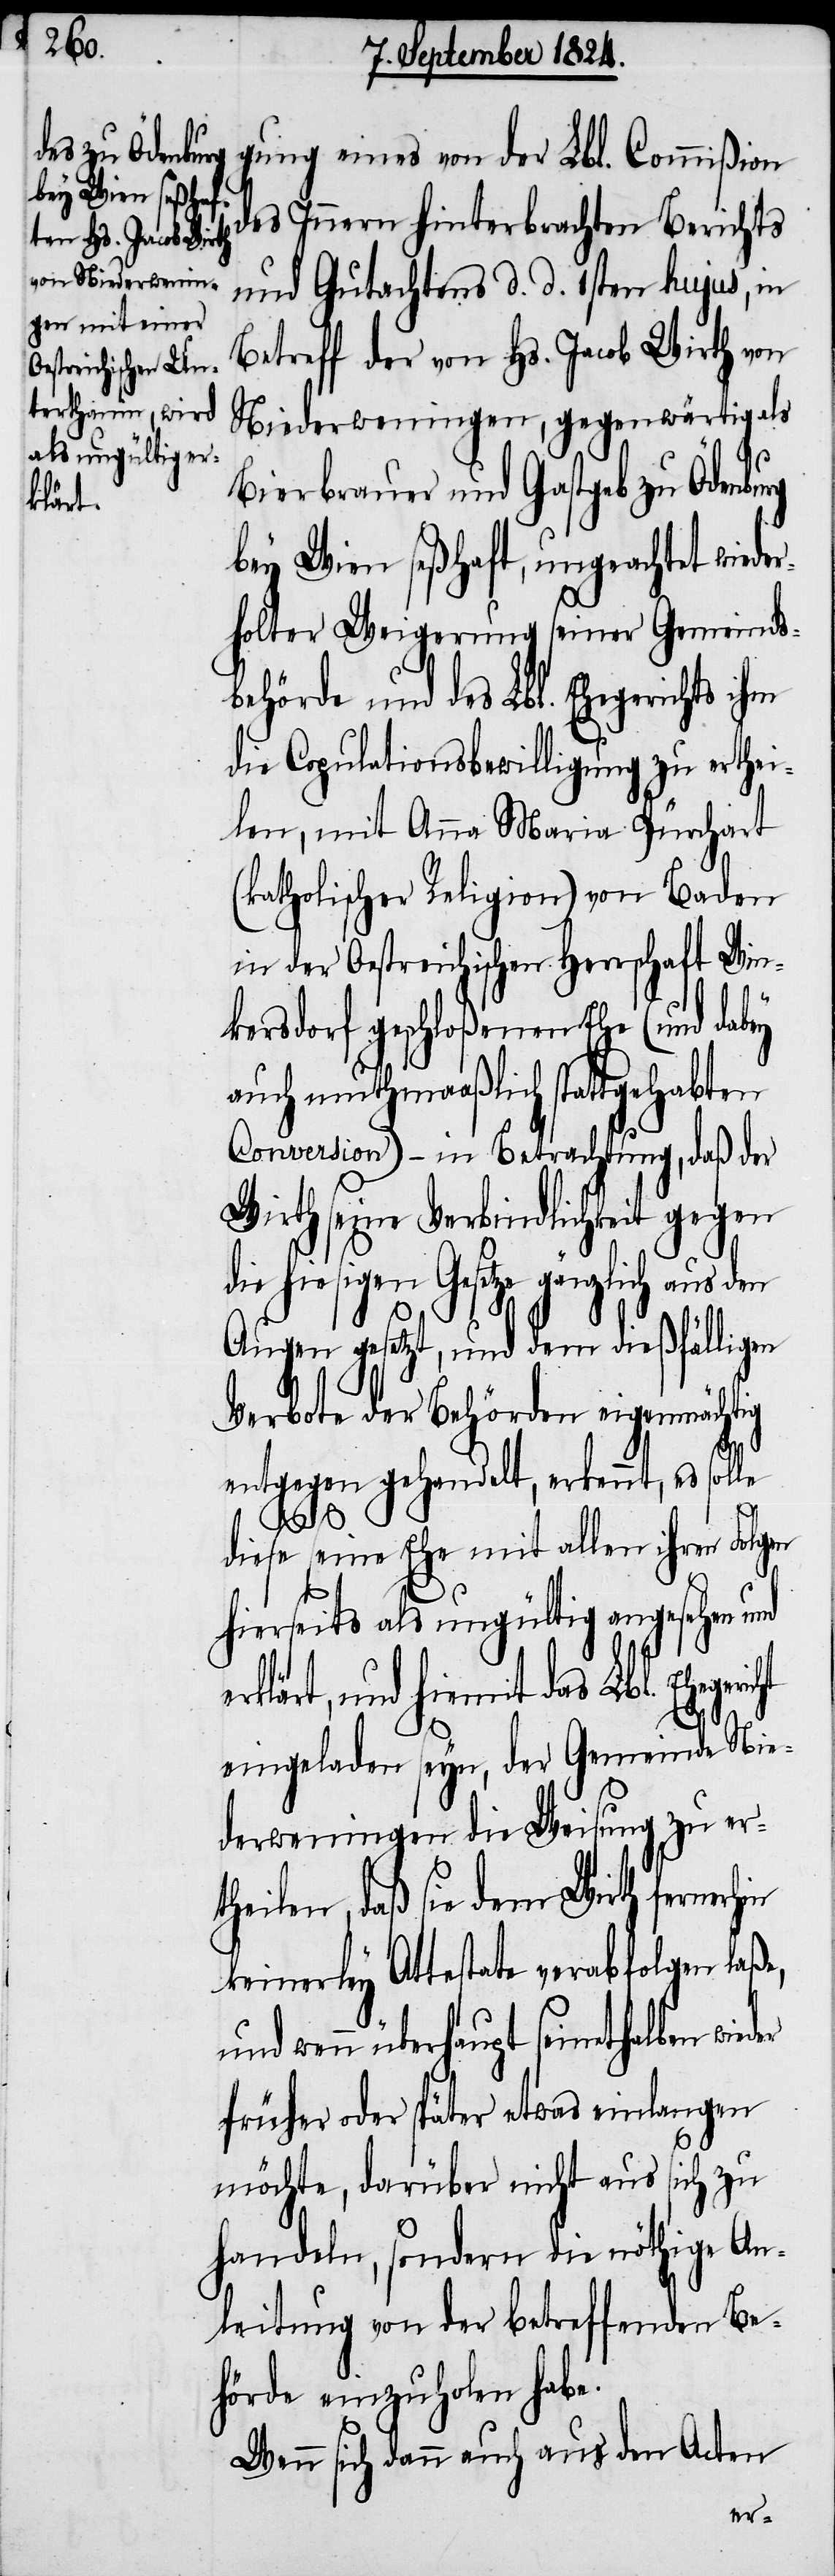
klärt,

gung eines von der Lbl. Commißion
des Innern hinterbrachten Berichts
und Gutachtens d. d. 1sten hujus, in
Betreff der von Hs. Jacob Wirth von
Niederweningen, gegenwärtig als
Bierbrauer und Gastgeb zu Ödenbu¬
bey Wien seßhaft, ungeachtet wiede¬
rholter Weigerung seiner Gemeinds¬
behörde und des Lbl. Ehegerichts ihm
die Copulationsbewilligung zu erthei¬
len, mit Anna Maria Pürchart
(katholischer Religion) von Baden
in der Oestreichischen Herrschaft Win¬
kersdorf geschloßenen Ehe (und dabey
auch muthmaßlich stattgehabten
Conversion) – in Betrachtung, daß der
Wirth seine Verbindlichkeit gegen
ie hiesigen Gesetze gänzlich aus
Augen gesetzt, und dem dießfälligen
Verbote der Behörden eigenmächtig
entgegen gehandelt, erkennt, es solle
Lbl.
diese seine Ehe mit allen ihren Folgen
hierseits als ungültig angesehen und
eingeladen seyn, der Gemeinde Nie¬
derweningen die Weisung zu er¬
theilen, daß sie dem Wirth fern¬
keinerley Attestate verabfolgen laße,
und wenn überhaupt seinethalben wied¬
früher oder später etwas einlangen
möchte, darüber nicht aus sich zu
handeln, sondern die nöthige An¬
leitung von der betreffenden Be¬
hörde einzuholen habe.
Wenn sich dann auch aus den Acten
er